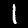
Digit: 1